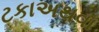
ટકાઅથવા